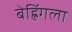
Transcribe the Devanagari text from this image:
बेह्रिंगला